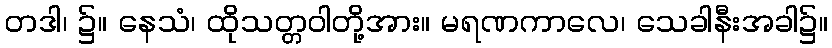
တဒါ၊ ၌။ နေသံ၊ ထိုသတ္တဝါတို့အား။ မရဏကာလေ၊ သေခါနီးအခါ၌။